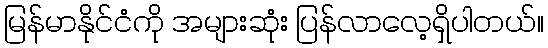
မြန်မာနိုင်ငံကို အများဆုံး ပြန်လာလေ့ရှိပါတယ်။